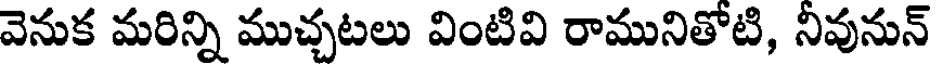
వెనుక మరిన్ని ముచ్చటలు వింటివి రామునితోటి, నివునున్